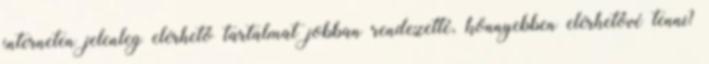
interneten jelenleg elérhető tartalmat jobban rendezetté, könnyebben elérhetővé tenni?